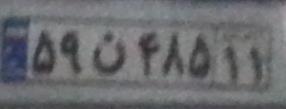
۵۹ن۴۸۵۱۱